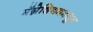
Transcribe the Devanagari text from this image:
मॅग्नेशियममधून